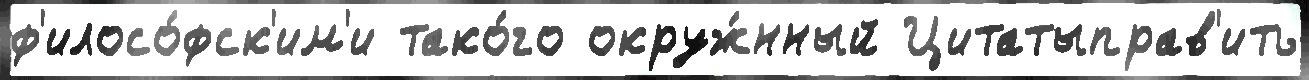
ф'илосо́фск'им'и тако́го окруж́нный Цитатыправ'ить